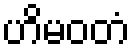
ဟိမဝတံ